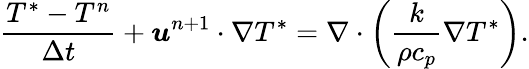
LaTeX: \frac{T^{*}-T^{n}}{\Delta t}+\boldsymbol{u}^{n+1}\cdot\nabla T^{*}=\nabla\cdot\left(\frac{k}{\rho c_{p}}\nabla T^{*}\right).